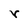
Character: r